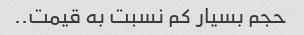
حجم بسیار کم نسبت به قیمت..